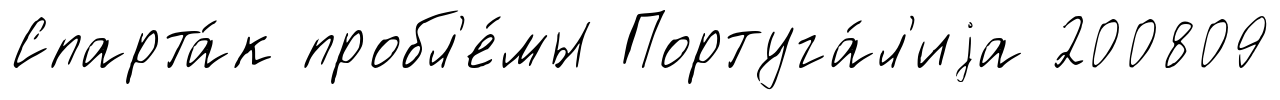
Спарта́к пробл'е́мы Португа́л'иjа 200809